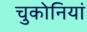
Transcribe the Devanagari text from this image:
चुकोनियां